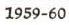
1959-60